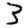
Digit: 3